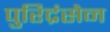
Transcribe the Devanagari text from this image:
पुरिद्रंसेन